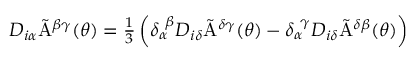
D _ { i \alpha } \tilde { \mathrm { A } } ^ { \beta \gamma } ( \theta ) = \textstyle { \frac { 1 } { 3 } } \left( \delta _ { \alpha } ^ { ~ \beta } D _ { i \delta } \tilde { \mathrm { A } } ^ { \delta \gamma } ( \theta ) - \delta _ { \alpha } ^ { ~ \gamma } D _ { i \delta } \tilde { \mathrm { A } } ^ { \delta \beta } ( \theta ) \right)